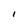
Character: 1